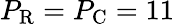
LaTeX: P_{\mathrm R}=P_{\mathrm C}=11